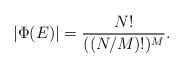
LaTeX: \begin{align*}|\Phi(E)|=\frac{N!}{((N/M)!)^M}.\end{align*}